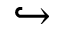
\hookrightarrow